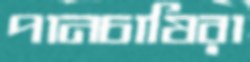
পানচাষিরা